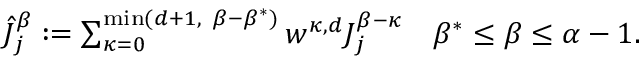
\begin{array} { r } { \hat { J } _ { j } ^ { \beta } : = \sum _ { \kappa = 0 } ^ { \operatorname* { m i n } ( d + 1 , \ \beta - \beta ^ { * } ) } w ^ { \kappa , d } J _ { j } ^ { \beta - \kappa } \quad \beta ^ { * } \le \beta \le \alpha - 1 . } \end{array}